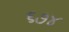
૬૭૪